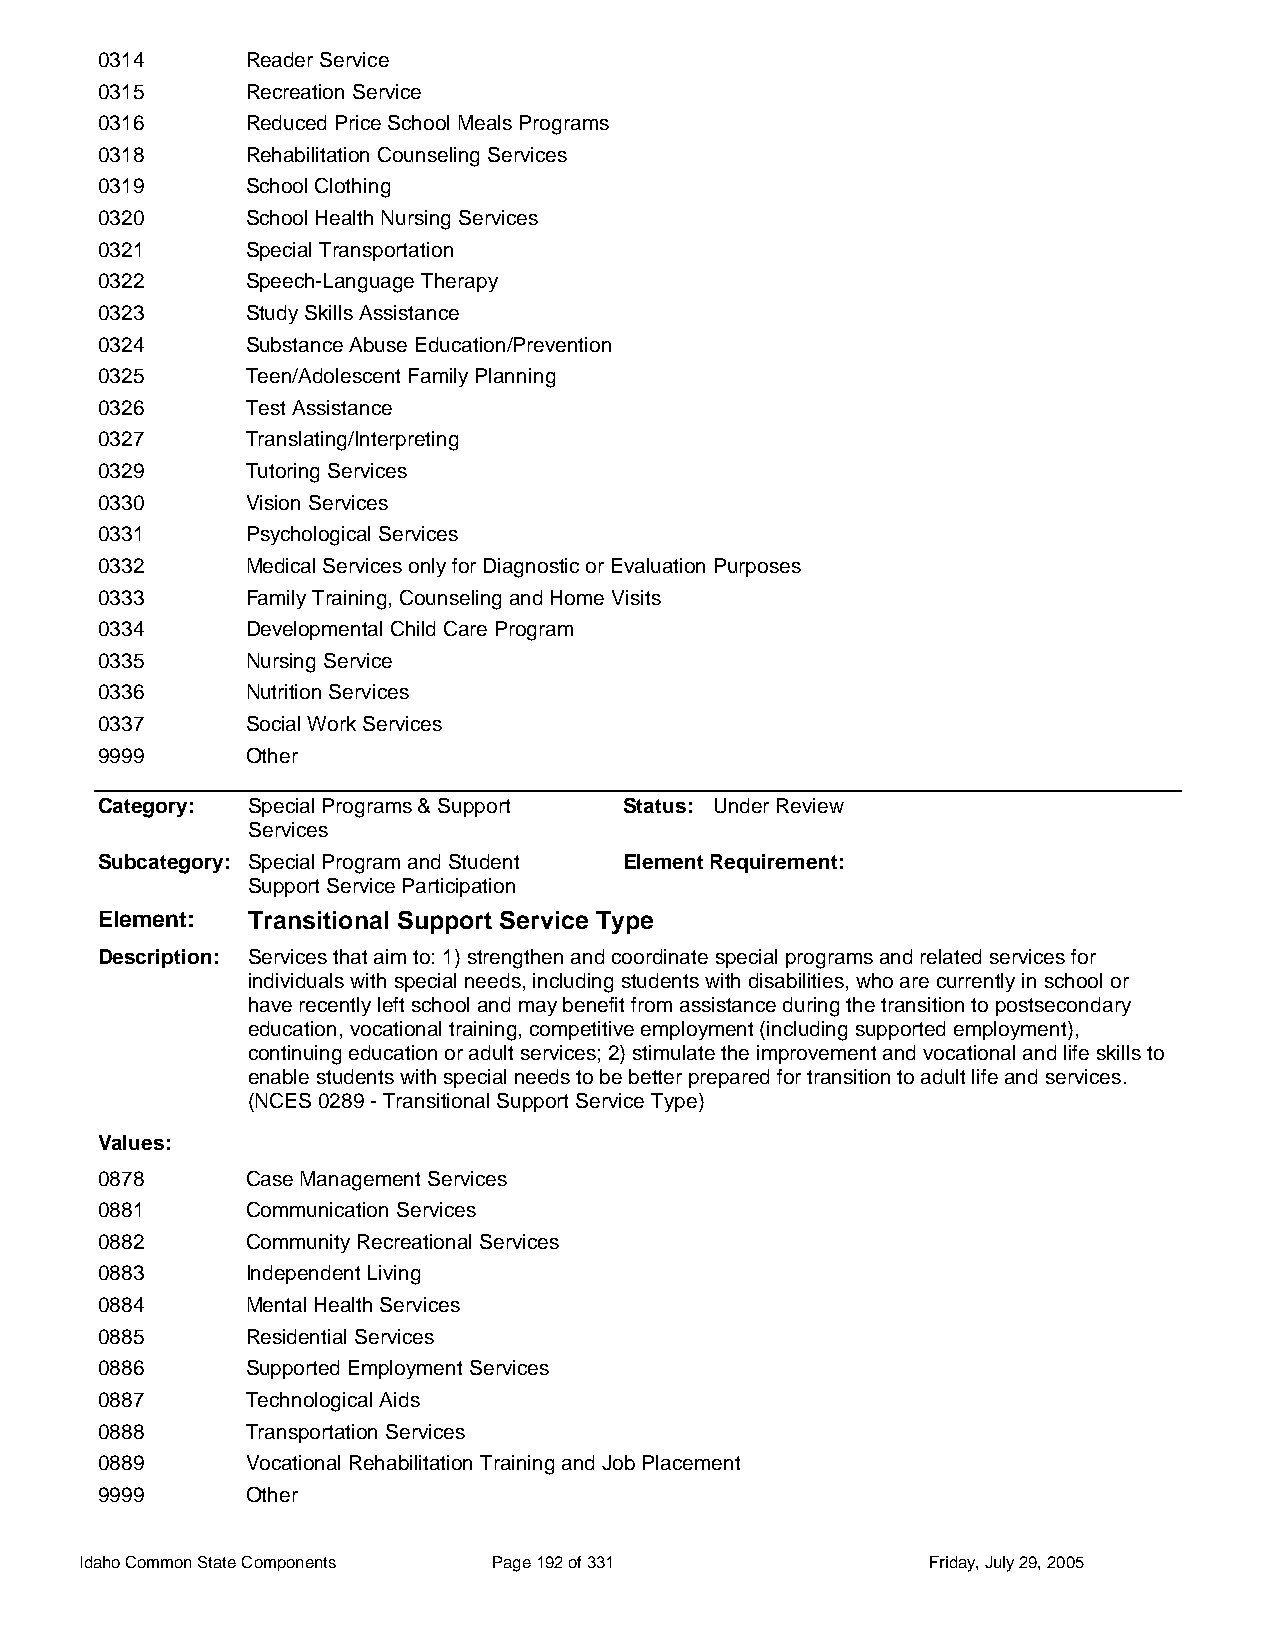
0314      Reader Service
 0315      Recreation Service
 0316      Reduced Price School Meals Programs
 0318      Rehabilitation Counseling Services
 0319      School Clothing
 0320      School Health Nursing Services
 0321      Special Transportation
 0322      Speech-Language Therapy
 0323      Study Skills Assistance
 0324      Substance Abuse Education/Prevention
 0325      Teen/Adolescent Family Planning
 0326      Test Assistance
 0327      Translating/Interpreting
 0329      Tutoring Services
 0330      Vision Services
 0331      Psychological Services
 0332      Medical Services only for Diagnostic or Evaluation Purposes
 0333      Family Training, Counseling and Home Visits
 0334      Developmental Child Care Program
 0335      Nursing Service
 0336      Nutrition Services
 0337      Social Work Services
 9999      Other
 Category: Special Programs & Support Status: Under Review
 Services
 Subcategory: Special Program and Student Element Requirement:
 Support Service Participation
 Element:  Transitional Support Service Type
 Description: Services that aim to: 1) strengthen and coordinate special programs and related services for
 individuals with special needs, including students with disabilities, who are currently in school or
 have recently left school and may benefit from assistance during the transition to postsecondary
 education, vocational training, competitive employment (including supported employment),
 continuing education or adult services; 2) stimulate the improvement and vocational and life skills to
 enable students with special needs to be better prepared for transition to adult life and services.
 (NCES 0289 - Transitional Support Service Type)
 Values:
 0878      Case Management Services
 0881      Communication Services
 0882      Community Recreational Services
 0883      Independent Living
 0884      Mental Health Services
 0885      Residential Services
 0886      Supported Employment Services
 0887      Technological Aids
 0888      Transportation Services
 0889      Vocational Rehabilitation Training and Job Placement
 9999      Other
 Idaho Common State Components Page 192 of 331           Friday, July 29, 2005